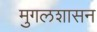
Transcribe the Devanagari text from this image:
मुगलशासन